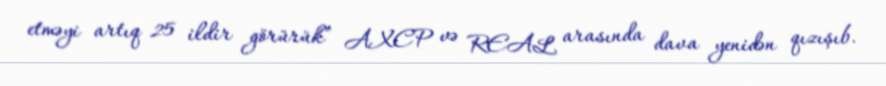
etməyi artıq 25 ildir görürük” AXCP və REAL arasında dava yenidən qızışıb.